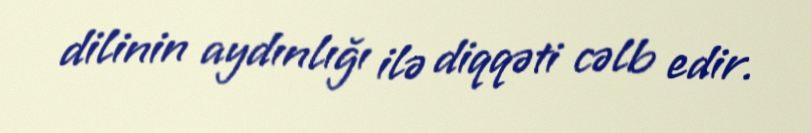
dilinin aydınlığı ilə diqqəti cəlb edir.